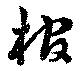
棺